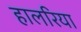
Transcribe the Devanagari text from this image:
हालरिया